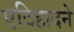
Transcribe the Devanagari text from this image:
एदिहादने